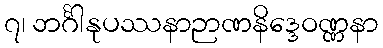
၇၊ ဘင်္ဂါနုပဿနာဉာဏနိဒ္ဒေဝဏ္ဏနာ